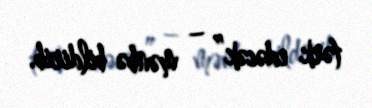
tərk edəcək” – mənbə bildirib.